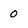
Character: 0